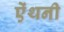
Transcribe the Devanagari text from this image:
ऐंथनी